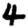
Digit: 4